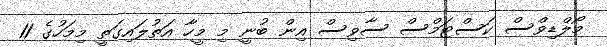
މޯލްޑިވްސް ކަސްޓަމްސް ސާވިސް އިން ބުނީ މި މީހާ އަތުލައިގަތީ މިމަހުގެ 11